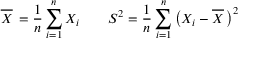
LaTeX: { \overline { { X } } } \, = { \frac { 1 } { n } } \sum _ { i = 1 } ^ { n } X _ { i } \qquad S ^ { 2 } = { \frac { 1 } { n } } \sum _ { i = 1 } ^ { n } { \big ( } X _ { i } - { \overline { { X } } } \, { \big ) } ^ { 2 } \qquad